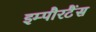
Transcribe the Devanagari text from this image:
इम्पौरटैंस